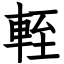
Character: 輊